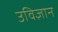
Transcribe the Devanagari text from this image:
उविज्ञान